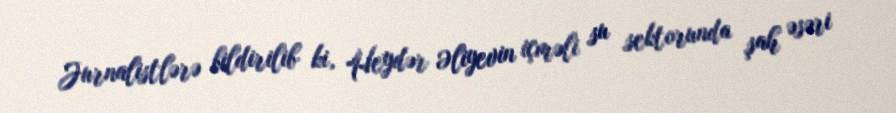
Jurnalistlərə bildirilib ki, Heydər Əliyevin içməli su sektorunda şah əsəri